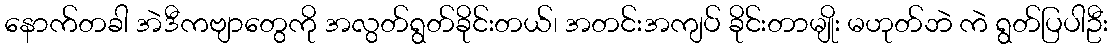
နောက်တခါ အဲဒီကဗျာတွေကို အလွတ်ရွတ်ခိုင်းတယ်၊ အတင်းအကျပ် ခိုင်းတာမျိုး မဟုတ်ဘဲ ကဲ ရွတ်ပြပါဦး